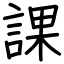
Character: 課